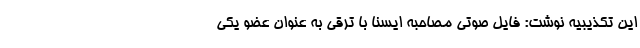
این تکذیبیه نوشت: فایل صوتی مصاحبه ایسنا با ترقی به عنوان عضو یکی